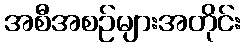
အစီအစဉ်များအတိုင်း